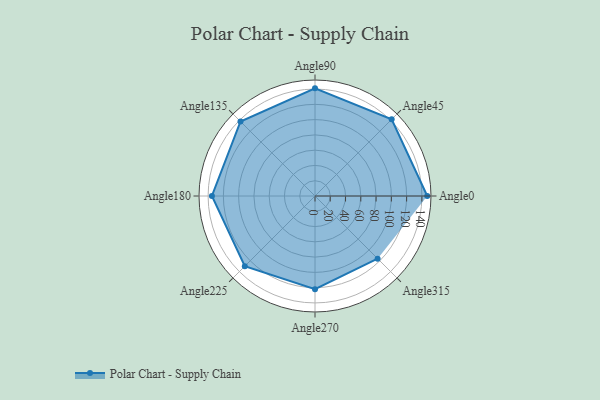
{"axis": {"x": "Angle", "y": "Radius"}, "legend": [""], "data": [{"x": "Angle0", "y": 147.0, "type": ""}, {"x": "Angle45", "y": 142.0, "type": ""}, {"x": "Angle90", "y": 141.0, "type": ""}, {"x": "Angle135", "y": 138.0, "type": ""}, {"x": "Angle180", "y": 135.0, "type": ""}, {"x": "Angle225", "y": 130.0, "type": ""}, {"x": "Angle270", "y": 122.0, "type": ""}, {"x": "Angle315", "y": 116.0, "type": ""}]}